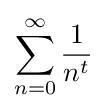
\sum _{n=0}^{\infty }{\frac {1}{n^{t}}}